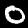
Digit: 0